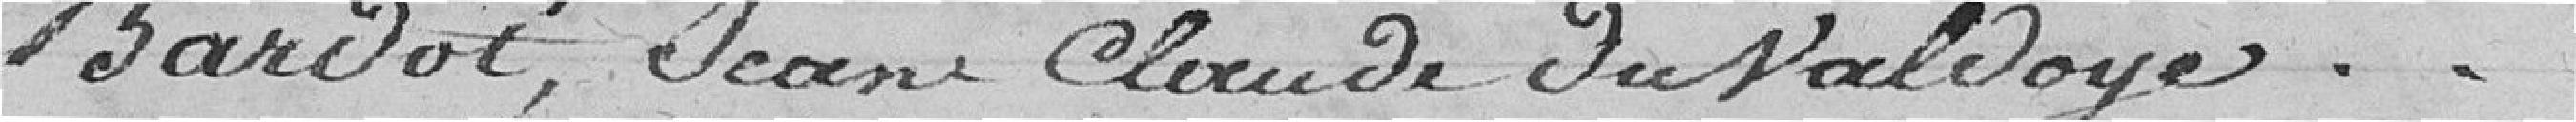
Bardot, Jean Claude du Valdoye